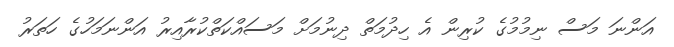
އަންނަ މަސް ނިމުމުގެ ކުރިން އެ ހިދުމަތް ދިނުމަށް މަސައްކަތްކުރާއިރު އަންނަމަހުގެ ހަަތަރު